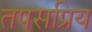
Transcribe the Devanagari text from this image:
तपसप्रिय